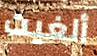
ألغيت